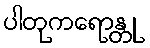
ပါတုကရောန္တု